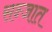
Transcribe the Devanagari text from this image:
सन्जात